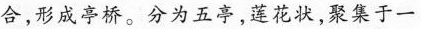
合，形成亭桥。分为五亭，莲花状，聚集于一